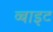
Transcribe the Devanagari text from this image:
व्बाइट